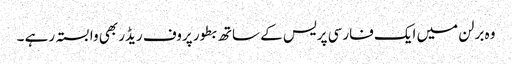
وہ برلن میں ایک فارسی پریس کے ساتھ بطور پروف ریڈر بھی وابستہ رہے ۔